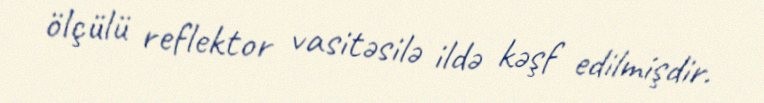
ölçülü reflektor vasitəsilə ildə kəşf edilmişdir.